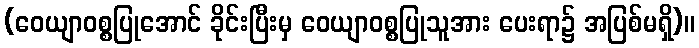
(ဝေယျာဝစ္စပြုအောင် ခိုင်းပြီးမှ ဝေယျာဝစ္စပြုသူအား ပေးရာ၌ အပြစ်မရှိ)။